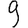
Digit: 9